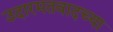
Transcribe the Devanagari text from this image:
उदारमतवादच्या